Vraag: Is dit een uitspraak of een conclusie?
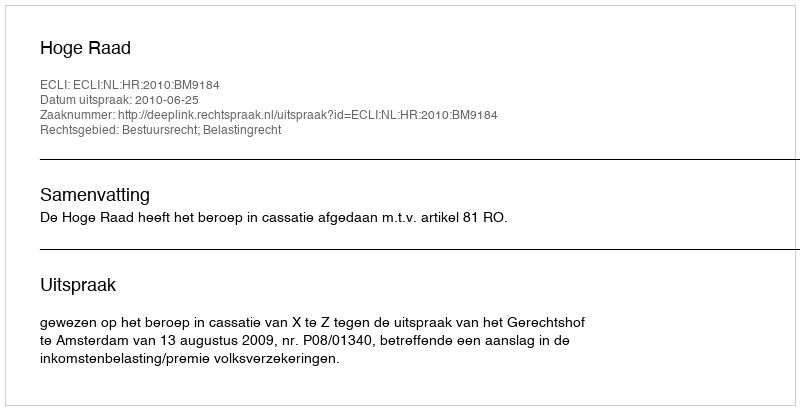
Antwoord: Uitspraak